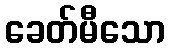
ခေတ်မီသော